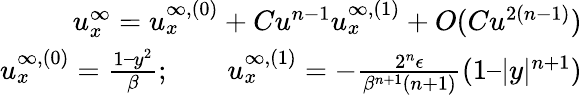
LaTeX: \begin{array}{r}{u_{x}^{\infty}=u_{x}^{\infty,(0)}+Cu^{n-1}u_{x}^{\infty,(1)}+O(Cu^{2(n-1)})}\\ {u_{x}^{\infty,(0)}=\frac{1–y^{2}}{\beta};\qquad u_{x}^{\infty,(1)}=-\frac{2^{n}\epsilon}{\beta^{n+1}(n+1)}(1–|y|^{n+1})}\end{array}